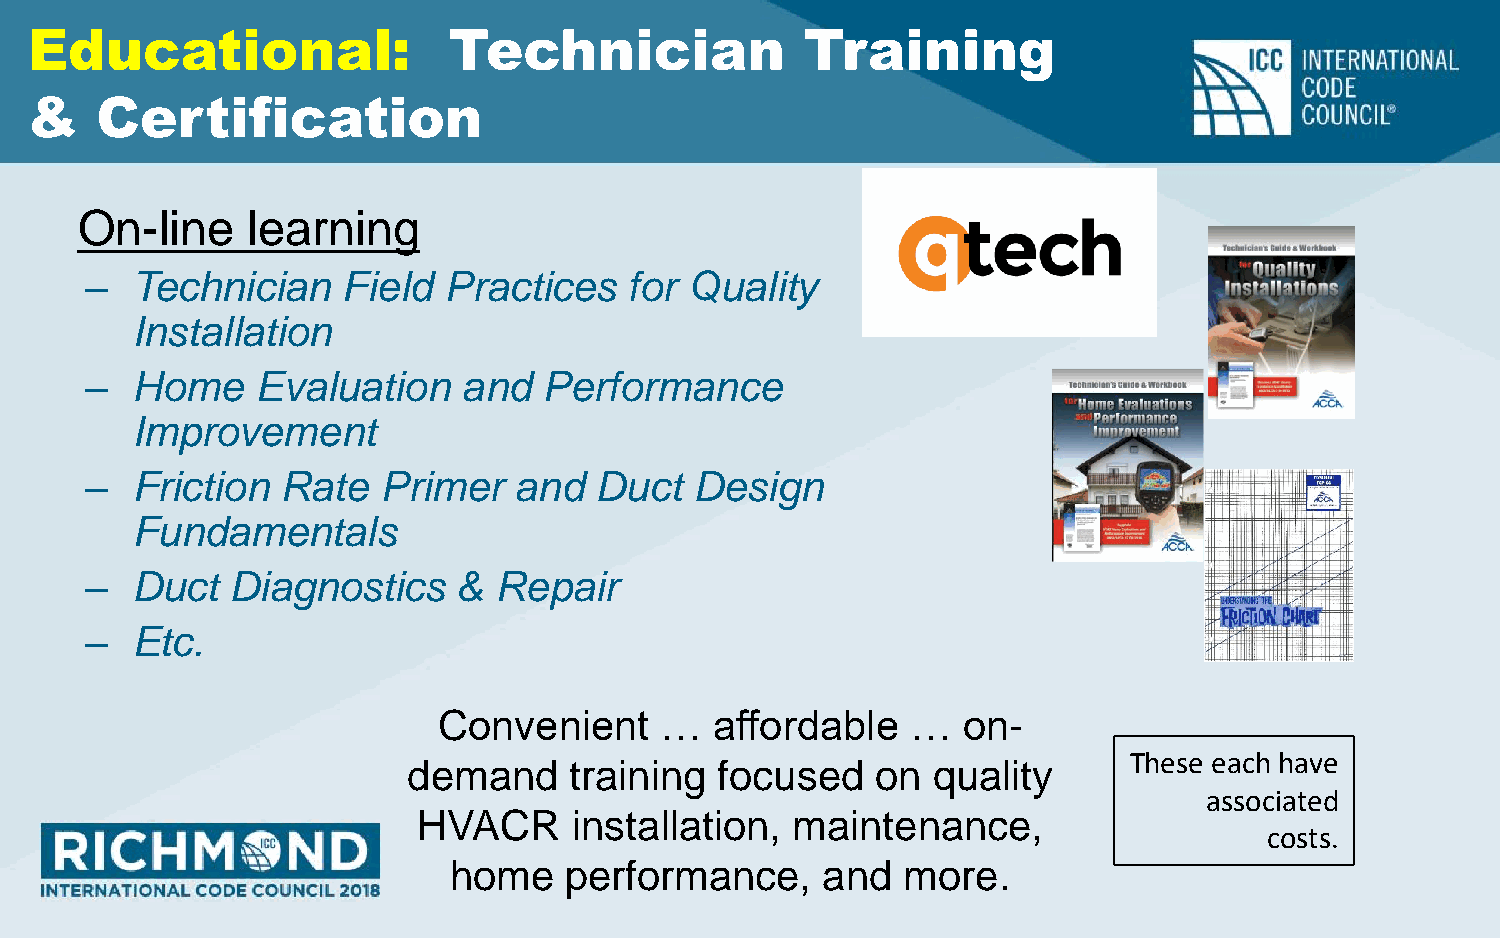
Educational:                Technician             Training
 &   Certification
 On-line    learning
 –  Technician    Field Practices    for Quality
 Installation
 –  Home    Evaluation    and  Performance
 Improvement
 –  Friction  Rate  Primer   and  Duct   Design
 Fundamentals
 –  Duct  Diagnostics    &  Repair
 –  Etc.
 Convenient     …  affordable   …   on-
 These each have
 demand     training  focused   on  quality
 associated
 HVACR     installation, maintenance,
 costs.
 home   performance,     and   more.